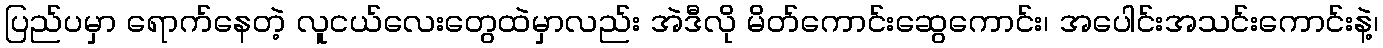
ပြည်ပမှာ ရောက်နေတဲ့ လူငယ်လေးတွေထဲမှာလည်း အဲဒီလို မိတ်ကောင်းဆွေကောင်း၊ အပေါင်းအသင်းကောင်းနဲ့၊